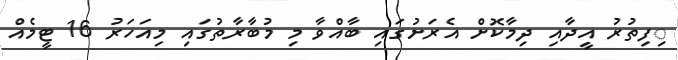
ިފިތުރު އީދާއި ދިމާކޮށް އެރަށުގައި ބާއްވާ މި މުބާރާތުގައި މިއަހަރު 16 ޓީމެއް